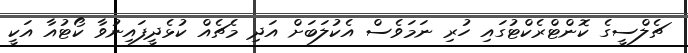
ޗެލްސީގެ ކޮންޓްރެކްޓުގައި ހުރި ނަމަވެސް އެކުލަބަށް އަދި މެޗެއް ކުޅެދީފައިނުވާ ކޯޓުއާ އަކީ